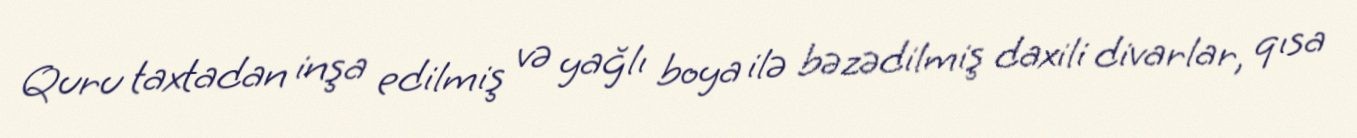
Quru taxtadan inşa edilmiş və yağlı boya ilə bəzədilmiş daxili divarlar, qısa